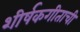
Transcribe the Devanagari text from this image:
शीर्षकगीताची